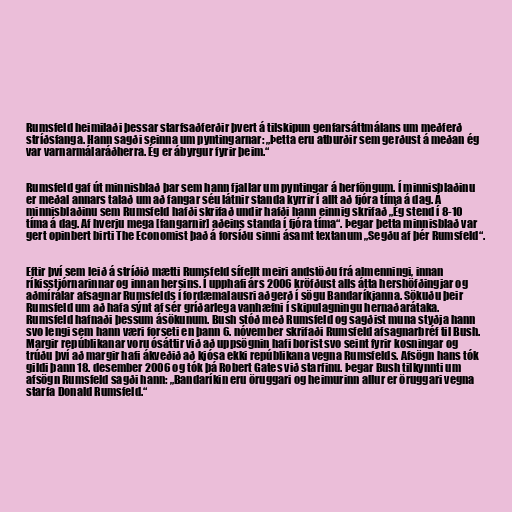
Rumsfeld heimilaði þessar starfsaðferðir þvert á tilskipun genfarsáttmálans um meðferð
stríðsfanga. Hann sagði seinna um pyntingarnar: „Þetta eru atburðir sem gerðust á meðan ég
var varnarmálaráðherra. Ég er ábyrgur fyrir þeim.“

Rumsfeld gaf út minnisblað þar sem hann fjallar um pyntingar á herföngum. Í minnisblaðinu
er meðal annars talað um að fangar séu látnir standa kyrrir í allt að fjóra tíma á dag. Á
minnisblaðinu sem Rumsfeld hafði skrifað undir hafði hann einnig skrifað „Ég stend í 8-10
tíma á dag. Af hverju mega [fangarnir] aðeins standa í fjóra tíma“. Þegar þetta minnisblað var
gert opinbert birti The Economist það á forsíðu sinni ásamt textanum „Segðu af þér Rumsfeld“.

Eftir því sem leið á stríðið mætti Rumsfeld sífellt meiri andstöðu frá almenningi, innan
ríkisstjórnarinnar og innan hersins. Í upphafi árs 2006 kröfðust alls átta hershöfðingjar og
aðmírálar afsagnar Rumsfelds í fordæmalausri aðgerð í sögu Bandaríkjanna. Sökuðu þeir
Rumsfeld um að hafa sýnt af sér gríðarlega vanhæfni í skipulagningu hernaðarátaka.
Rumsfeld hafnaði þessum ásökunum. Bush stóð með Rumsfeld og sagðist muna styðja hann
svo lengi sem hann væri forseti en þann 6. nóvember skrifaði Rumsfeld afsagnarbréf til Bush.
Margir repúblikanar voru ósáttir við að uppsögnin hafi borist svo seint fyrir kosningar og
trúðu því að margir hafi ákveðið að kjósa ekki repúblikana vegna Rumsfelds. Afsögn hans tók
gildi þann 18. desember 2006 og tók þá Robert Gates við starfinu. Þegar Bush tilkynnti um
afsögn Rumsfeld sagði hann: „Bandaríkin eru öruggari og heimurinn allur er öruggari vegna
starfa Donald Rumsfeld.“